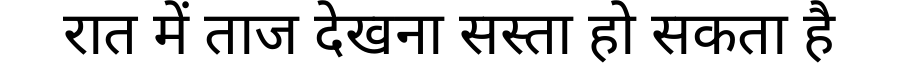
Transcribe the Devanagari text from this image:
रात में ताज देखना सस्ता हो सकता है